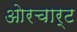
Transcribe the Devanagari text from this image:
ओरचार्ट